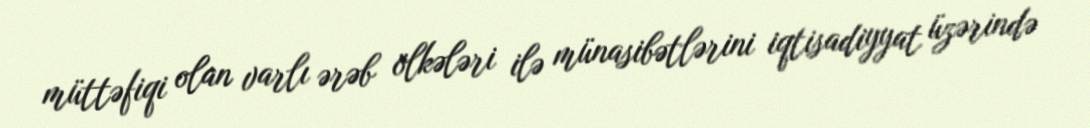
müttəfiqi olan varlı ərəb ölkələri ilə münasibətlərini iqtisadiyyat üzərində